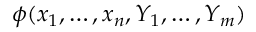
\phi ( x _ { 1 } , \ldots , x _ { n } , Y _ { 1 } , \ldots , Y _ { m } )